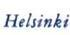
Helsinki